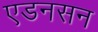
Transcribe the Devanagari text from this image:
एडनसन